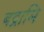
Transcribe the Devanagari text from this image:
बद्नामि